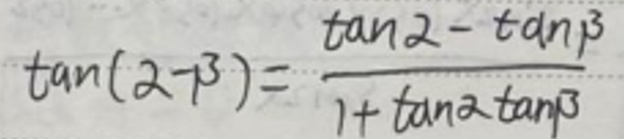
\[
\tan(\alpha - \beta)=\frac{\tan\alpha-\tan\beta}{1 + \tan\alpha\tan\beta}
\]